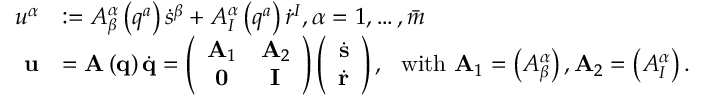
\begin{array} { r l } { u ^ { \alpha } } & { : = A _ { \beta } ^ { \alpha } \left( q ^ { a } \right) \dot { s } ^ { \beta } + A _ { I } ^ { \alpha } \left( q ^ { a } \right) \dot { r } ^ { I } , \alpha = 1 , \ldots , \bar { m } } \\ { \mathbf { u } } & { = \mathbf { A } \left( \mathbf { q } \right) \dot { \mathbf { q } } = \left( \begin{array} { c c } { \mathbf { A } _ { 1 } } & { \mathbf { A } _ { 2 } } \\ { \mathbf { 0 } } & { \mathbf { I } } \end{array} \right) \left( \begin{array} { c } { \dot { \mathbf { s } } } \\ { \dot { \mathbf { r } } } \end{array} \right) , \ \ \mathrm { w i t h \ } \mathbf { A } _ { 1 } = \left( A _ { \beta } ^ { \alpha } \right) , \mathbf { A } _ { 2 } = \left( A _ { I } ^ { \alpha } \right) . } \end{array}